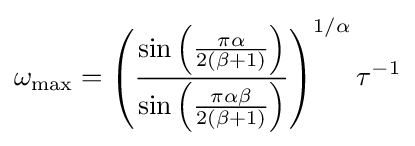
\omega _{\rm {max}}=\left({\sin \left({\pi \alpha  \over 2(\beta +1)}\right) \over \sin \left({\pi \alpha \beta  \over 2(\beta +1)}\right)}\right)^{1/\alpha }\tau ^{-1}